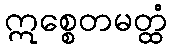
ဣစ္စေတမတ္ထံ